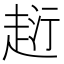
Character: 𧻟